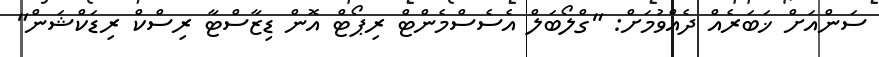
ސަންއަށް ޚަބަރެއް ދެއްވުމަށް: "ގްލޯބަލް އެސެސްމެންޓް ރިޕޯޓް އޮން ޑިޒާސްޓާ ރިސްކް ރިޑަކްޝަން"